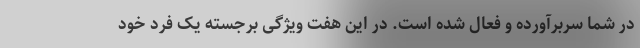
در شما سربرآورده و فعال شده است. در این هفت ویژگی برجسته یک فرد خود